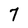
Character: 7